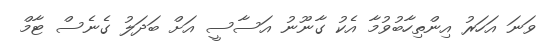
ވަނަ އަހަރު އިންތިހާބުވުމާ އެކު ގާނޫނު އަސާސީ އަށް ބަދަލު ގެނެސް ޓާމް